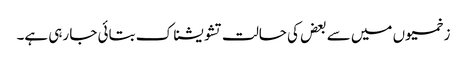
زخمیوں میں سے بعض کی حالت تشویشناک بتائی جا رہی ہے۔